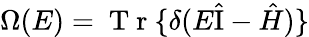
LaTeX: \Omega(E)=\mathrm{~T~r~}\{ \delta(E\hat{\mathrm{I}}-\hat{H})\}